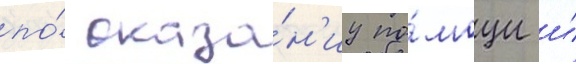
по́ оказа́н'иу по́мощи и́